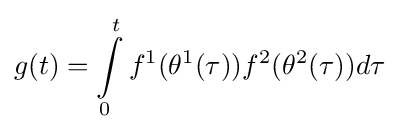
g(t)=\int \limits _{0}^{t}f^{1}(\theta ^{1}(\tau ))f^{2}(\theta ^{2}(\tau ))d\tau